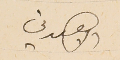
الاهدني